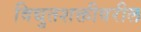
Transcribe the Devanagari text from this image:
विद्युतशक्तीवरील